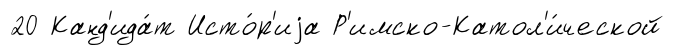
20 Канд'ида́т Исто́р'иjа Р'имско-Катол'и́ческой